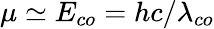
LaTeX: \mu\simeq E_{co}=hc/\lambda_{co}